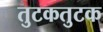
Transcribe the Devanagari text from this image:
तुटकतुटक